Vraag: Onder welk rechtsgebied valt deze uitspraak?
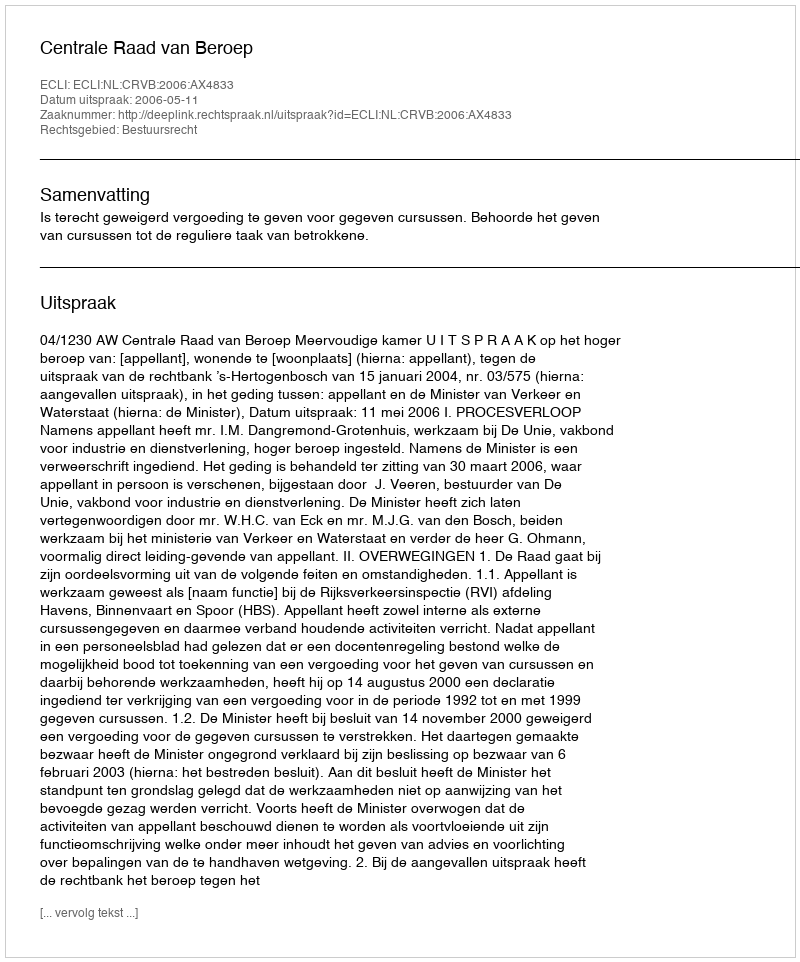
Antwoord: Bestuursrecht